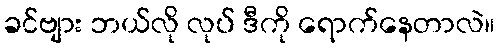
ခင်ဗျား ဘယ်လို လုပ် ဒီကို ရောက်နေတာလဲ။